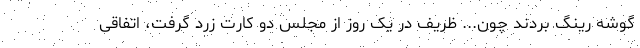
گوشه رینگ بردند چون... ظریف در یک روز از مجلس دو کارت زرد گرفت، اتفاقی